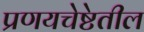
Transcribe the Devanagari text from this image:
प्रणयचेष्टेतील